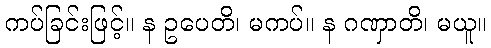
ကပ်ခြင်းဖြင့်။ န ဥပေတိ၊ မကပ်။ န ဂဏှာတိ၊ မယူ။